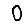
Digit: 0